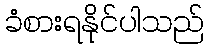
ခံစားရနိုင်ပါသည်